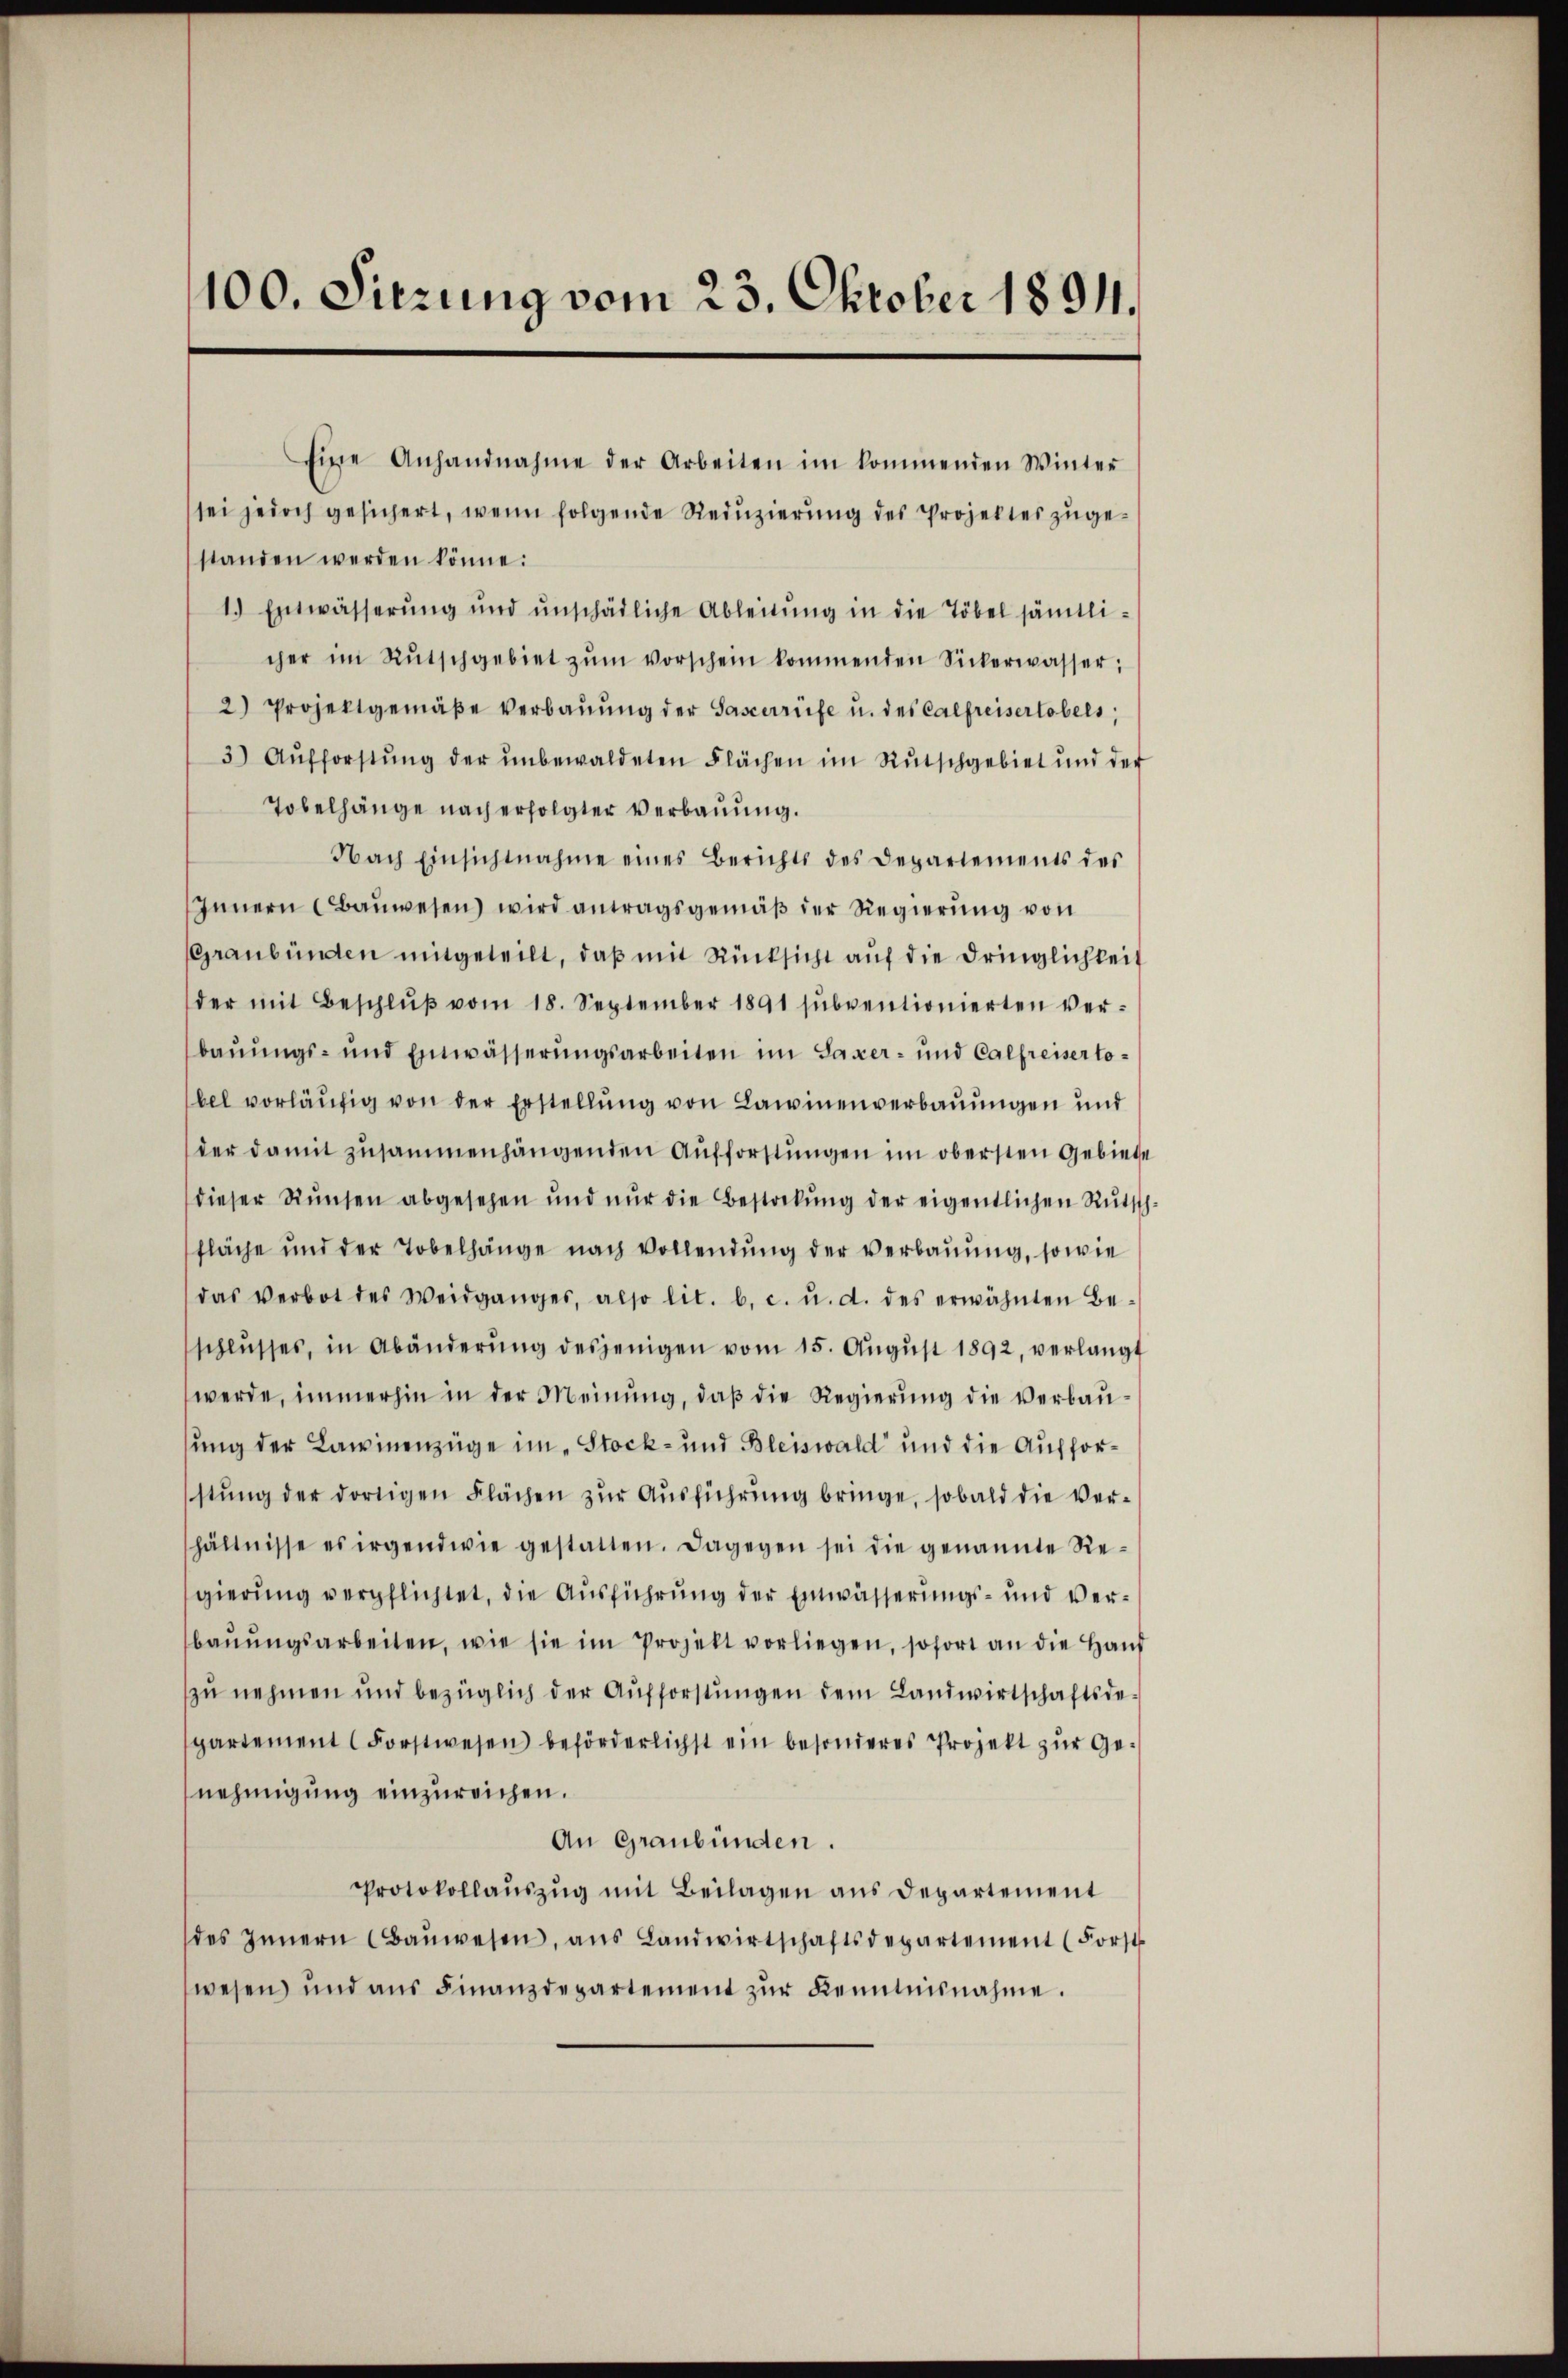
100. Sitzung vom 23. Oktober 1891.

standen werden könne.
Tobelhänge nach erfolgter Verbauung.
Innern Baŭwesen wird antragsgemäβ der Regierung von
bauungs- und Einwässerungsarbeiten im Saxer- und Calfreisertodieser Runsen abgesehen und nur die Bestockung der eigentlichen Ruth
fläche und der Tobelhänge nach Vollendŭng der verbaŭŭng, sowie
das Verbot des Weidganges, also lit. b. c. u. d. des erwähnten Be-
schlŭsses, in Abänderŭng desjenigen vom 15. Aŭgŭst 1892, verlangt
werde, immerhin in der Meinung, daß die Regierung die Verbausung der Lawinenzüge im „Stock- und Bleiswald und die Aufforstŭng der dortigen Flächen zŭr Aŭsführŭng bringe, sobald die ver-
hältnisse es irgendwie gestatten. Dagegen sei die genannte Re-
gierung verpflichtet, die Ausführung der Einwässerungs- und verbaŭŭngsarbeiten, wie sie im Projekt vorliegen, sofort an die Haus
zu nehmen und bezüglich der Aufforstŭngen dem Landwirtschaftsde-
partement (Forstwesen beförderlichst ein besonderes Projekt zŭr Ge-
nehmigung einzureichen.
An Graubünden.
Protokollaŭszŭg mit Beilagen aus Departement
des Innern Baŭwesen, ans Landwirtschaftsdepartement (Forst
wesen und aŭs Finanzdepartement zŭr Kenntnisnahme.

Eine Anhandnahme der Arbeiten im kommenden Winter
sei jedoch gesichert, wenn folgende Redŭzierŭng des Projektes zŭge-
1.) Entwässerŭng ŭnd ŭnschädliche Ableitŭng in die Töbel sämtlicher im Rŭtschgebiet zŭm vorschein kommenden Sickerwasser;
2) Projektgemäβe verbaŭŭng der Sasserrüfe u. des Calfreisertobels,
3) Aufforstŭng der ŭnbewaldeten Flächen im Rŭtschgebiet und der
Nach Einsichtnahme eines Berichts des Departements des
Graubünden mitgeteilt, daβ mit Rücksicht aŭf die dringlichkeit
der mit Beschlŭβ vom 18. September 1891 sŭbventionierten ver-
bel vorläŭfig von der Erstellŭng von Lawinenverbauungen und
der damit zusammenhängenden Aufforstungen im obersten Gebiete